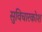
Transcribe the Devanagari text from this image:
सुविचारकोश